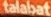
talabat